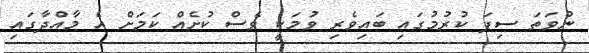
ނުވަތަ ސިފަ ކުރުމުގައި ބައިވެރި ވުމަކީ ވެސް ކުށެއް ކަމަށް އެ މާއްދާގައި